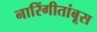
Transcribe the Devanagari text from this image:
नारिंगीतांबूस